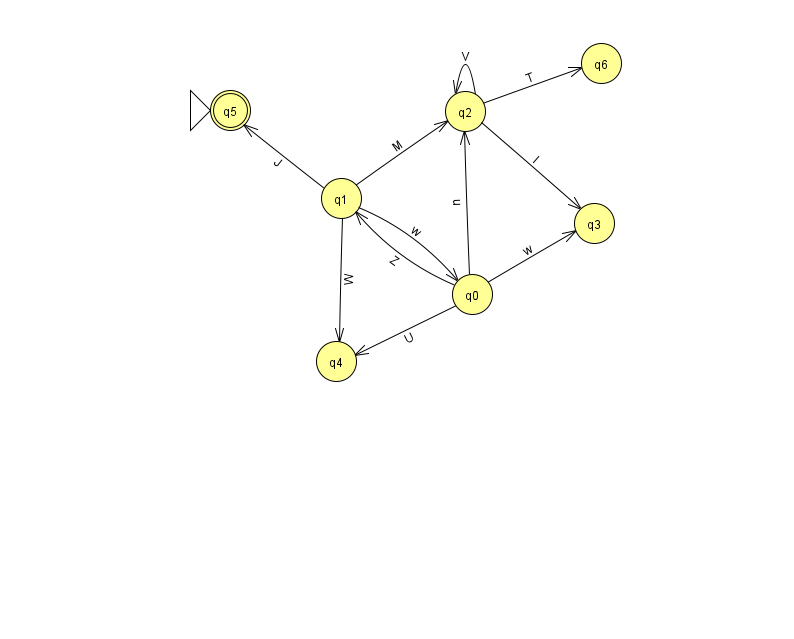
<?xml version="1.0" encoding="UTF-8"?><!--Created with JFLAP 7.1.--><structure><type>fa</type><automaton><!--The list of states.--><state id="0" name="q0"><x>472.0</x><y>281.0</y></state><state id="1" name="q1"><x>341.0</x><y>185.0</y></state><state id="2" name="q2"><x>465.0</x><y>98.0</y></state><state id="3" name="q3"><x>594.0</x><y>210.0</y></state><state id="4" name="q4"><x>336.0</x><y>348.0</y></state><state id="5" name="q5"><x>230.0</x><y>97.0</y><initial/><final/></state><state id="6" name="q6"><x>601.0</x><y>50.0</y></state><!--The list of transitions.--><transition><from>1</from><to>4</to><read>W</read></transition><transition><from>2</from><to>6</to><read>T</read></transition><transition><from>2</from><to>3</to><read>I</read></transition><transition><from>0</from><to>3</to><read>w</read></transition><transition><from>2</from><to>2</to><read>V</read></transition><transition><from>0</from><to>1</to><read>Z</read></transition><transition><from>1</from><to>5</to><read>J</read></transition><transition><from>1</from><to>2</to><read>M</read></transition><transition><from>1</from><to>0</to><read>w</read></transition><transition><from>0</from><to>2</to><read>u</read></transition><transition><from>0</from><to>4</to><read>U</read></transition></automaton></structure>